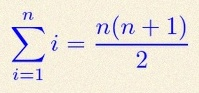
\sum_{i=1}^{n}i=\frac{n(n+1)}2